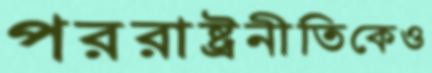
পররাষ্ট্রনীতিকেও